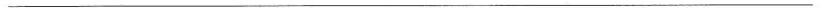
___